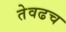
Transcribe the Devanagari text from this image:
तेवढच